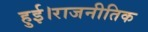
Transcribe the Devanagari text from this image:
हुई।राजनीतिक